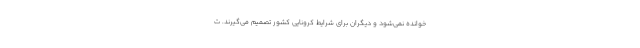
خوانده نمی‌شود و دیگران برای شرایط کرونایی کشور تصمیم می‌گیرند. ت